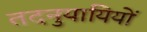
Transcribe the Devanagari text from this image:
तदनुयायियों